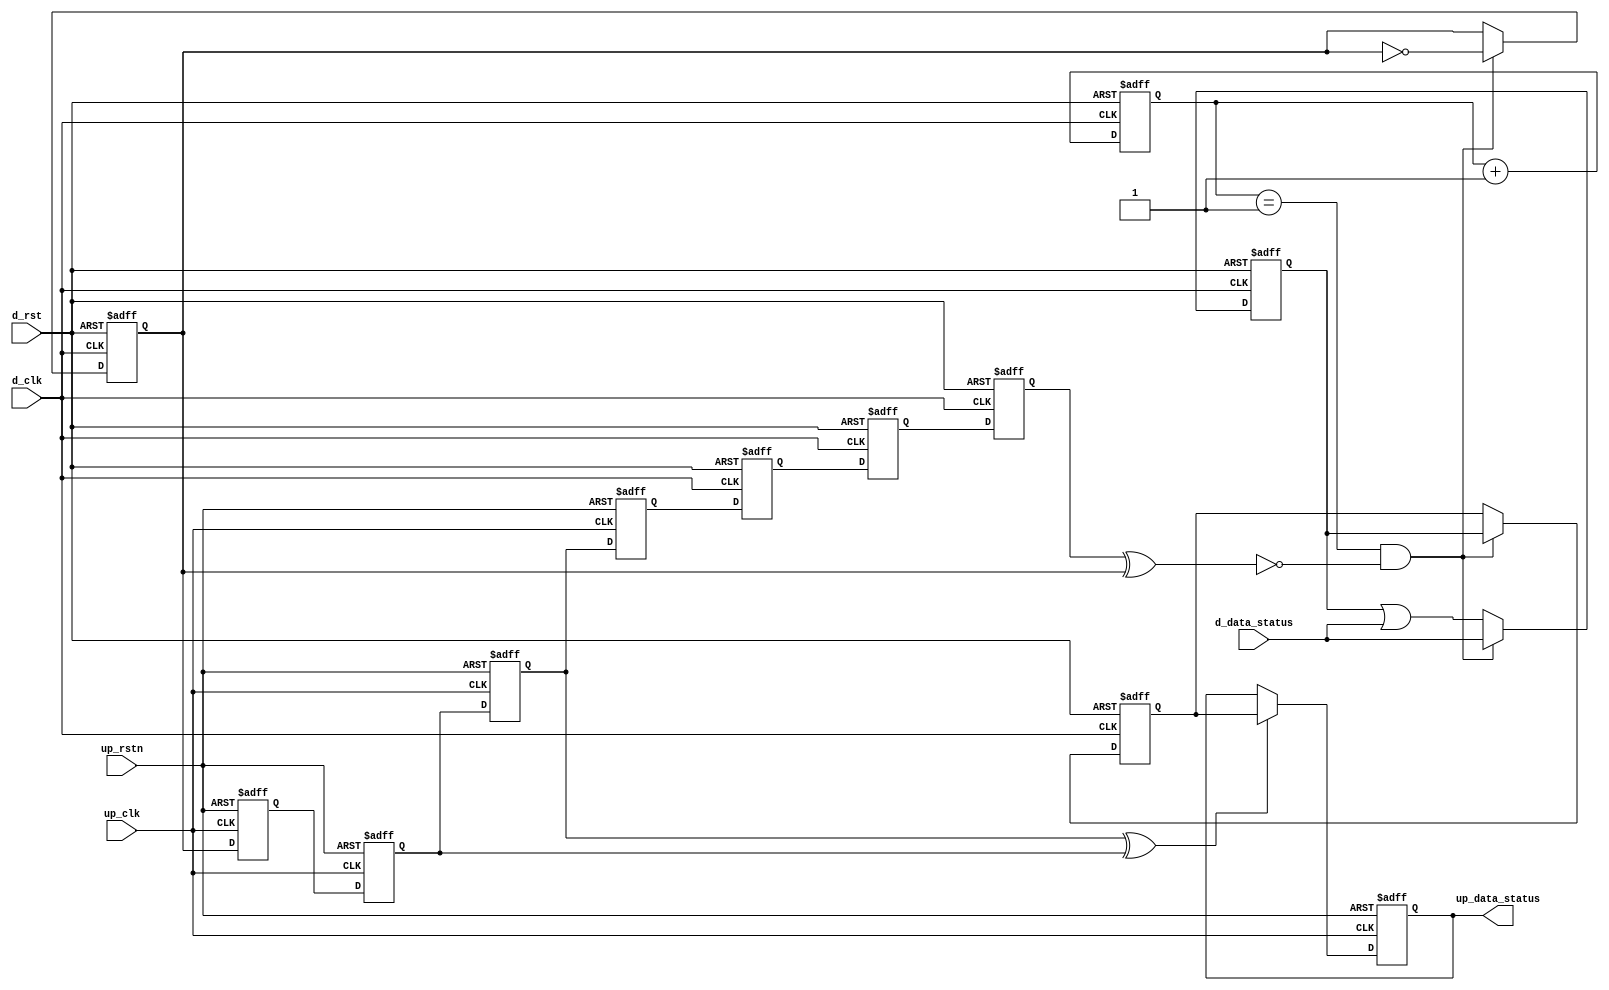
module up_xfer_status (

  // up interface

  up_rstn,
  up_clk,
  up_data_status,

  // device interface

  d_rst,
  d_clk,
  d_data_status);

  // parameters

  parameter     DATA_WIDTH = 8;
  localparam    DW = DATA_WIDTH - 1;

  // up interface

  input           up_rstn;
  input           up_clk;
  output  [DW:0]  up_data_status;

  // device interface

  input           d_rst;
  input           d_clk;
  input   [DW:0]  d_data_status;

  // internal registers

  reg             d_xfer_state_m1 = 'd0;
  reg             d_xfer_state_m2 = 'd0;
  reg             d_xfer_state = 'd0;
  reg     [ 5:0]  d_xfer_count = 'd0;
  reg             d_xfer_toggle = 'd0;
  reg     [DW:0]  d_xfer_data = 'd0;
  reg     [DW:0]  d_acc_data = 'd0;
  reg             up_xfer_toggle_m1 = 'd0;
  reg             up_xfer_toggle_m2 = 'd0;
  reg             up_xfer_toggle_m3 = 'd0;
  reg             up_xfer_toggle = 'd0;
  reg     [DW:0]  up_data_status = 'd0;

  // internal signals

  wire            d_xfer_enable_s;
  wire            up_xfer_toggle_s;

  // device status transfer

  assign d_xfer_enable_s = d_xfer_state ^ d_xfer_toggle;

  always @(posedge d_clk or posedge d_rst) begin
    if (d_rst == 1'b1) begin
      d_xfer_state_m1 <= 'd0;
      d_xfer_state_m2 <= 'd0;
      d_xfer_state <= 'd0;
      d_xfer_count <= 'd0;
      d_xfer_toggle <= 'd0;
      d_xfer_data <= 'd0;
      d_acc_data <= 'd0;
    end else begin
      d_xfer_state_m1 <= up_xfer_toggle;
      d_xfer_state_m2 <= d_xfer_state_m1;
      d_xfer_state <= d_xfer_state_m2;
      d_xfer_count <= d_xfer_count + 1'd1;
      if ((d_xfer_count == 6'd1) && (d_xfer_enable_s == 1'b0)) begin
        d_xfer_toggle <= ~d_xfer_toggle;
        d_xfer_data <= d_acc_data;
      end
      if ((d_xfer_count == 6'd1) && (d_xfer_enable_s == 1'b0)) begin
        d_acc_data <= d_data_status;
      end else begin
        d_acc_data <= d_acc_data | d_data_status;
      end
    end
  end

  assign up_xfer_toggle_s = up_xfer_toggle_m3 ^ up_xfer_toggle_m2;

  always @(negedge up_rstn or posedge up_clk) begin
    if (up_rstn == 1'b0) begin
      up_xfer_toggle_m1 <= 'd0;
      up_xfer_toggle_m2 <= 'd0;
      up_xfer_toggle_m3 <= 'd0;
      up_xfer_toggle <= 'd0;
      up_data_status <= 'd0;
    end else begin
      up_xfer_toggle_m1 <= d_xfer_toggle;
      up_xfer_toggle_m2 <= up_xfer_toggle_m1;
      up_xfer_toggle_m3 <= up_xfer_toggle_m2;
      up_xfer_toggle <= up_xfer_toggle_m3;
      if (up_xfer_toggle_s == 1'b1) begin
        up_data_status <= d_xfer_data;
      end
    end
  end

endmodule